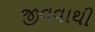
જીવવાથી